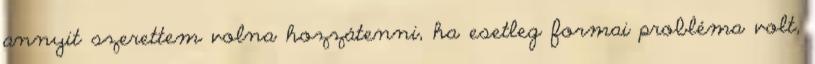
annyit szerettem volna hozzátenni, ha esetleg formai probléma volt,